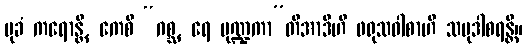
မုခံ ကရောန္တိ, ကေစိ “ဂစ္ဆ, ရေ မုဏ္ဍကာ”တိအာဒီဟိ ဖရုသဝါစာဟိ သမုဒါစရန္တိ။